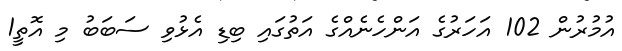
އުމުރުން 102 އަހަރުގެ އަންހެނެއްގެ އަތުގައި ބިޑި އެޅުވި ސަބަބު މި އޮތީ1